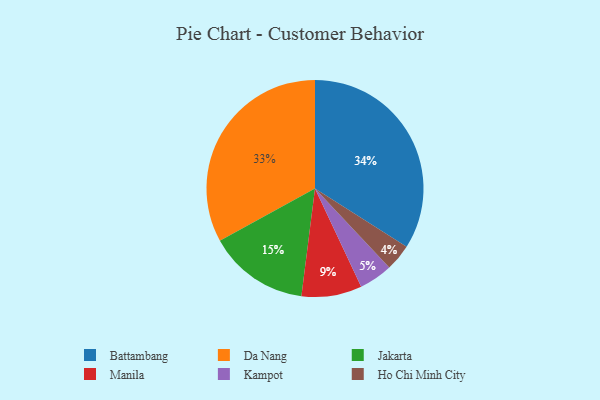
{"axis": {"x": "Category", "y": "Percentage"}, "legend": ["Battambang", "Da Nang", "Ho Chi Minh City", "Jakarta", "Kampot", "Manila"], "data": [{"x": "Manila", "y": 9, "type": "Manila"}, {"x": "Kampot", "y": 5, "type": "Kampot"}, {"x": "Battambang", "y": 34, "type": "Battambang"}, {"x": "Jakarta", "y": 15, "type": "Jakarta"}, {"x": "Da Nang", "y": 33, "type": "Da Nang"}, {"x": "Ho Chi Minh City", "y": 4, "type": "Ho Chi Minh City"}]}